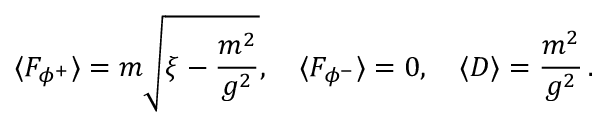
\langle F _ { \phi ^ { + } } \rangle = m \sqrt { \xi - { \frac { m ^ { 2 } } { g ^ { 2 } } } } , ~ ~ ~ \langle F _ { \phi ^ { - } } \rangle = 0 , ~ ~ ~ \langle D \rangle = \frac { m ^ { 2 } } { g ^ { 2 } } \, .